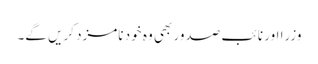
وزرا اور نائب صدور بھی وہ خود نامزد کریں گے۔